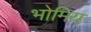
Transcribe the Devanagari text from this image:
भोमिय